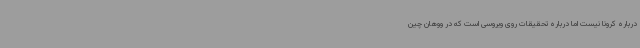
درباره کرونا نیست اما درباره تحقیقات روی ویروسی است که در ووهان چین